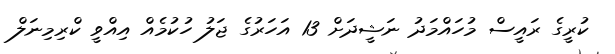
ކުރީގެ ރައީސް މުހައްމަދު ނަޝީދަށް 13 އަހަރުގެ ޖަލު ހުކުމެއް އިއްވީ ކްރިމިނަލް